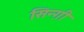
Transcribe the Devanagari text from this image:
सिन्ग़ी